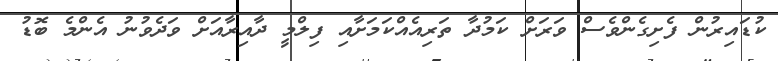
ކުޑައިރުން ފެށިގެންވެސް ވަރަށް ކަމުދާ ތަރިއެއްކަމަށާއި ފިލްމީ ދާއިރާއަށް ވަދެވުނު އެންމެ ބޮޑު